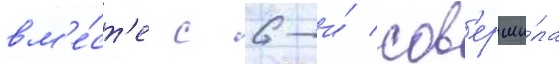
вм'е́ст'е с 6-и́ сов'ерши́ла